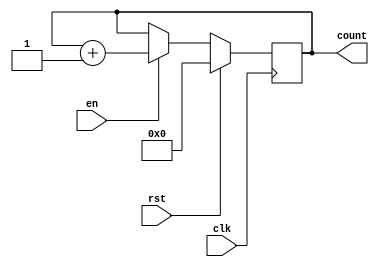
module incremental_counter (
    input wire clk,       // Clock signal
    input wire rst,       // Synchronous reset signal
    input wire en,        // Enable signal
    output reg [7:0] count // Current count value (8-bit wide)
);

    // Predefined initial value for the counter
    parameter INIT_VALUE = 8'b00000000; // Can be adjusted as needed

    // Always block triggered on the rising edge of the clock
    always @(posedge clk) begin
        if (rst) begin
            // Reset the counter to the predefined value
            count <= INIT_VALUE;
        end else if (en) begin
            // Increment the counter if enabled
            count <= count + 1;
        end
        // If not reset and not enabled, count retains its value
    end

endmodule